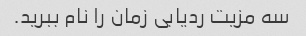
سه مزیت ردیابی زمان را نام ببرید.